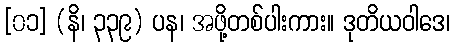
[၀၁] (နိ၊ ၃၃၉) ပန၊ အဖို့တစ်ပါးကား။ ဒုတိယဝါဒေ၊